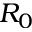
R _ { 0 }